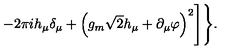
- 2 \pi i h _ { \mu } \delta _ { \mu } + \left( g _ { m } \sqrt { 2 } h _ { \mu } + \partial _ { \mu } \varphi \right) ^ { 2 } \Biggr ] \Biggr \} .